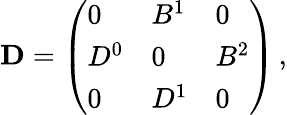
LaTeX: \begin{array}{r}{\mathbf{D}=\left(\begin{array}{lll}{0}&{B^{1}}&{0}\\ {D^{0}}&{0}&{B^{2}}\\ {0}&{D^{1}}&{0}\end{array}\right)\, ,}\end{array}